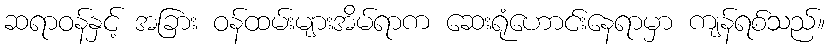
ဆရာဝန်နှင့် အခြား ဝန်ထမ်းများအိမ်ရာက ဆေးရုံဟောင်းနေရာမှာ ကျန်ရစ်သည်။